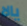
يالا